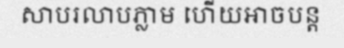
សាបរលាបភ្លាម ហើយអាចបន្ត